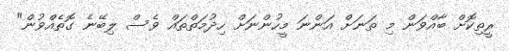
ރީތިކޮށް ބާއްވަން މި ތަނަށް އަންނަ މީހުންނަށް ހިދުމަތްތައް ވެސް ލިބޭނެ ގޮތެއްވުން"